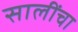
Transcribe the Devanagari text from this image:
सालींचा